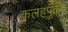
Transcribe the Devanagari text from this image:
कलहपूर्वक